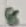
Text: 8